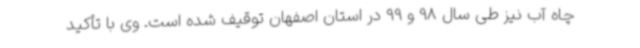
چاه آب نیز طی سال 98 و 99 در استان اصفهان توقیف شده است. وی با تأکید